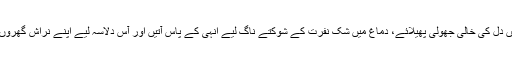
سب عورتیں دل کی خالی جھولی پھیلائے، دماغ میں شک نفرت کے شُوکتے ناگ لیے انہی کے پاس آتیں اور آس دلاسہ لیے اپنے نراش گھروں میں پلٹتیں۔